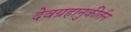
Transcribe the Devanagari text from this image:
देवग्रहानुकीर्तन